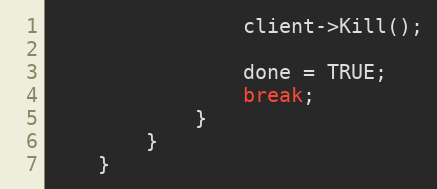
Language: C++
				client->Kill();

				done = TRUE;
				break;
			}
		}
	}